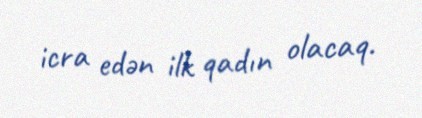
icra edən ilk qadın olacaq.